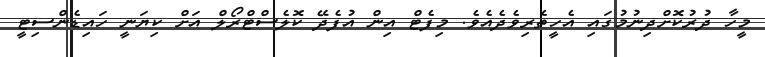
މީހާ ދުރުކޮށްދިނުމުގައި އެހީތެރިވެދެއެވެ. މިފެޓް އިން އުފެދޭ ކޮލެސްޓްރޯލް އަށް ކިޔަނީ ހައިޑެންސިޓީ